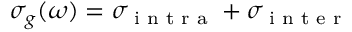
\sigma _ { g } ( \omega ) = \sigma _ { \textrm { i n t r a } } + \sigma _ { \textrm { i n t e r } }